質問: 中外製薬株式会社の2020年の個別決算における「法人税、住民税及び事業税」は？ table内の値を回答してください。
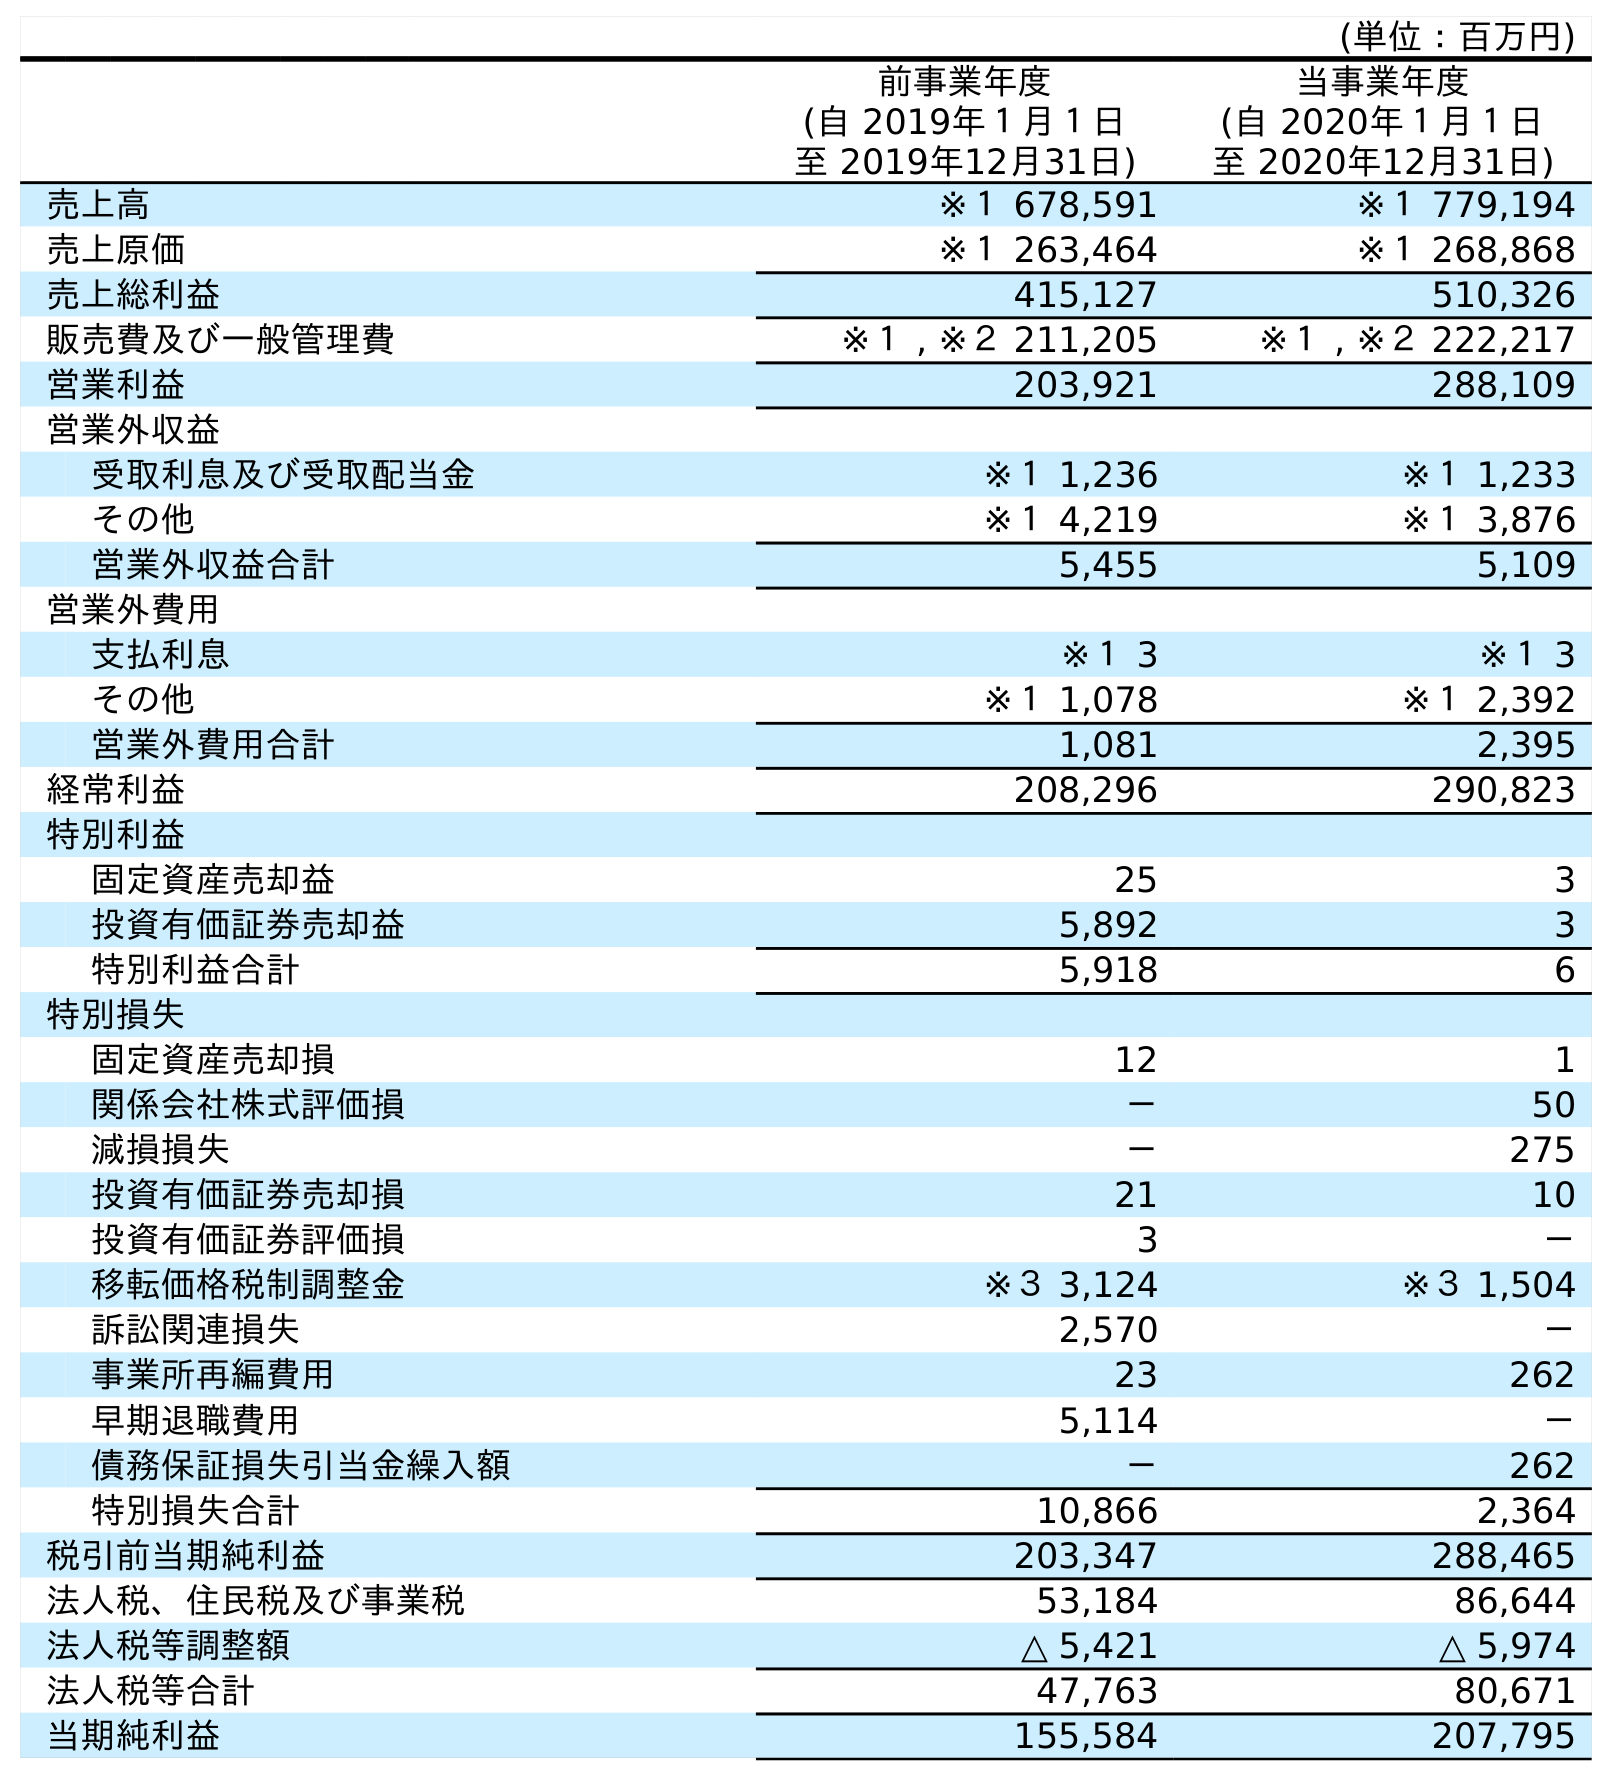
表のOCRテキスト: (単位：百万円) 前事業年度 (自 2019年１月１日 至 2019年12月31日) 当事業年度 (自 2020年１月１日 至 2020年12月31日) 売上高 ※１ 678,591 ※１ 779,194 売上原価 ※１ 263,464 ※１ 268,868 売上総利益 415,127 510,326 販売費及び一般管理費 ※１ , ※２ 211,205 ※１ , ※２ 222,217 営業利益 203,921 288,109 営業外収益 受取利息及び受取配当金 ※１ 1,236 ※１ 1,233 その他 ※１ 4,219 ※１ 3,876 営業外収益合計 5,455 5,109 営業外費用 支払利息 ※１ 3 ※１ 3 その他 ※１ 1,078 ※１ 2,392 営業外費用合計 1,081 2,395 経常利益 208,296 290,823 特別利益 固定資産売却益 25 3 投資有価証券売却益 5,892 3 特別利益合計 5,918 6 特別損失 固定資産売却損 12 1 関係会社株式評価損 － 50 減損損失 － 275 投資有価証券売却損 21 10 投資有価証券評価損 3 － 移転価格税制調整金 ※３ 3,124 ※３ 1,504 訴訟関連損失 2,570 － 事業所再編費用 23 262 早期退職費用 5,114 － 債務保証損失引当金繰入額 － 262 特別損失合計 10,866 2,364 税引前当期純利益 203,347 288,465 法人税、住民税及び事業税 53,184 86,644 法人税等調整額 △ 5,421 △ 5,974 法人税等合計 47,763 80,671 当期純利益 155,584 207,795
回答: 86,644